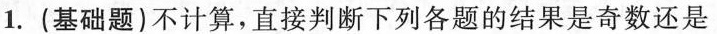
1.(基础题)不计算，直接判断下列各题的结果是奇数还是